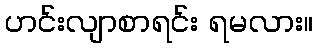
ဟင်းလျာစာရင်း ရမလား။